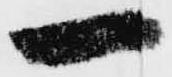
一